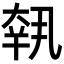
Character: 𡙕